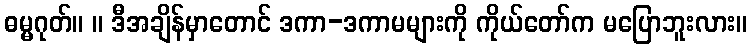
ဓမ္မဂုတ်။ ။ ဒီအချိန်မှာတောင် ဒကာ-ဒကာမများကို ကိုယ်တော်က မပြောဘူးလား။